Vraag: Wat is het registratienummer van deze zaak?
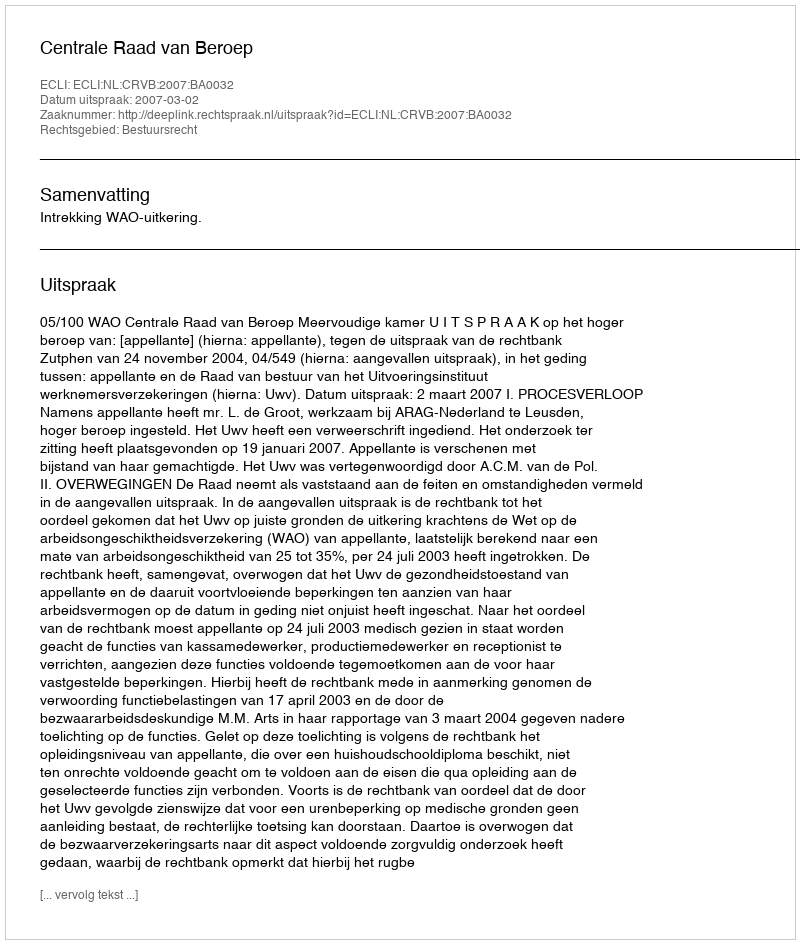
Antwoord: http://deeplink.rechtspraak.nl/uitspraak?id=ECLI:NL:CRVB:2007:BA0032